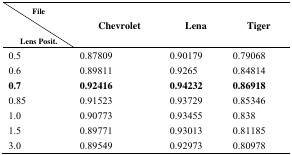
<table><thead><tr><td><b>File</b></td><td rowspan="2"><b>Chevrolet</b></td><td rowspan="2"><b>Lena</b></td><td rowspan="2"><b>Tiger</b></td></tr><tr><td><b>Lens Posit.</b></td></tr></thead><tbody><tr><td>0.5</td><td>0.87809</td><td>0.90179</td><td>0.79068</td></tr><tr><td>0.6</td><td>0.89811</td><td>0.9265</td><td>0.84814</td></tr><tr><td><b>0.7</b></td><td><b>0.92416</b></td><td><b>0.94232</b></td><td><b>0.86918</b></td></tr><tr><td>0.85</td><td>0.91523</td><td>0.93729</td><td>0.85346</td></tr><tr><td>1.0</td><td>0.90773</td><td>0.93455</td><td>0.838</td></tr><tr><td>1.5</td><td>0.89771</td><td>0.93013</td><td>0.81185</td></tr><tr><td>3.0</td><td>0.89549</td><td>0.92973</td><td>0.80978</td></tr></tbody></table>